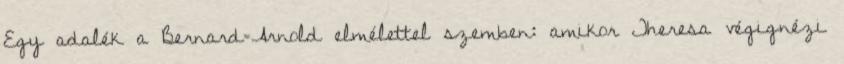
Egy adalék a Bernard=Arnold elmélettel szemben: amikor Theresa végignézi